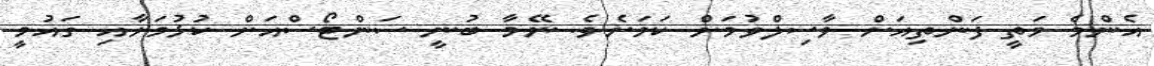
އެންމެ މަތީ ފަންތިއަށް ވާސިލްވުމަށް ކަމަށެވެ. ނޭމާ ބުނީ ސަންޓޯސްއަށް ކުޅުމަށާއި ގައުމީ